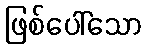
ဖြစ်ပေါ်သော